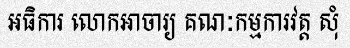
អធិការ លោកអាចារ្យ គណៈកម្មការវត្ត សុំ